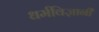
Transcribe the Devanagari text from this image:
धर्मविज्ञानी